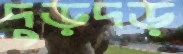
দুড়দড়